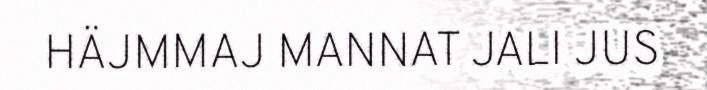
HÄJMMAJ MANNAT JALI JUS